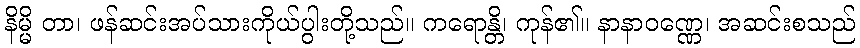
နိမ္မိ တာ၊ ဖန်ဆင်းအပ်သားကိုယ်ပွါးတို့သည်။ ကရောန္တိ၊ ကုန်၏။ နာနာဝဏ္ဏေ၊ အဆင်းစသည်